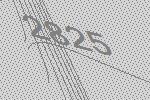
2825